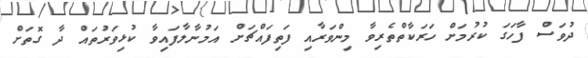
ދުވަސް ފާހަގަ ކުރުމަށް ހަރަކާތްތެރިވާ މިންވަރާއި ފަތިފައްޗަށް އަމުނާލާފައިވާ ކުޅިވަރުތައް ދާ ގޮތަށް